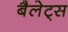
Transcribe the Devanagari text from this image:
बैलेट्स